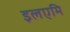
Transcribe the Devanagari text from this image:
इलएमि